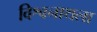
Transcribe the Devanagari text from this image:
विश्वनाथला